65_HS1-834228961_62-HQ-83894_Section_6
Agency: FBI
Page 171
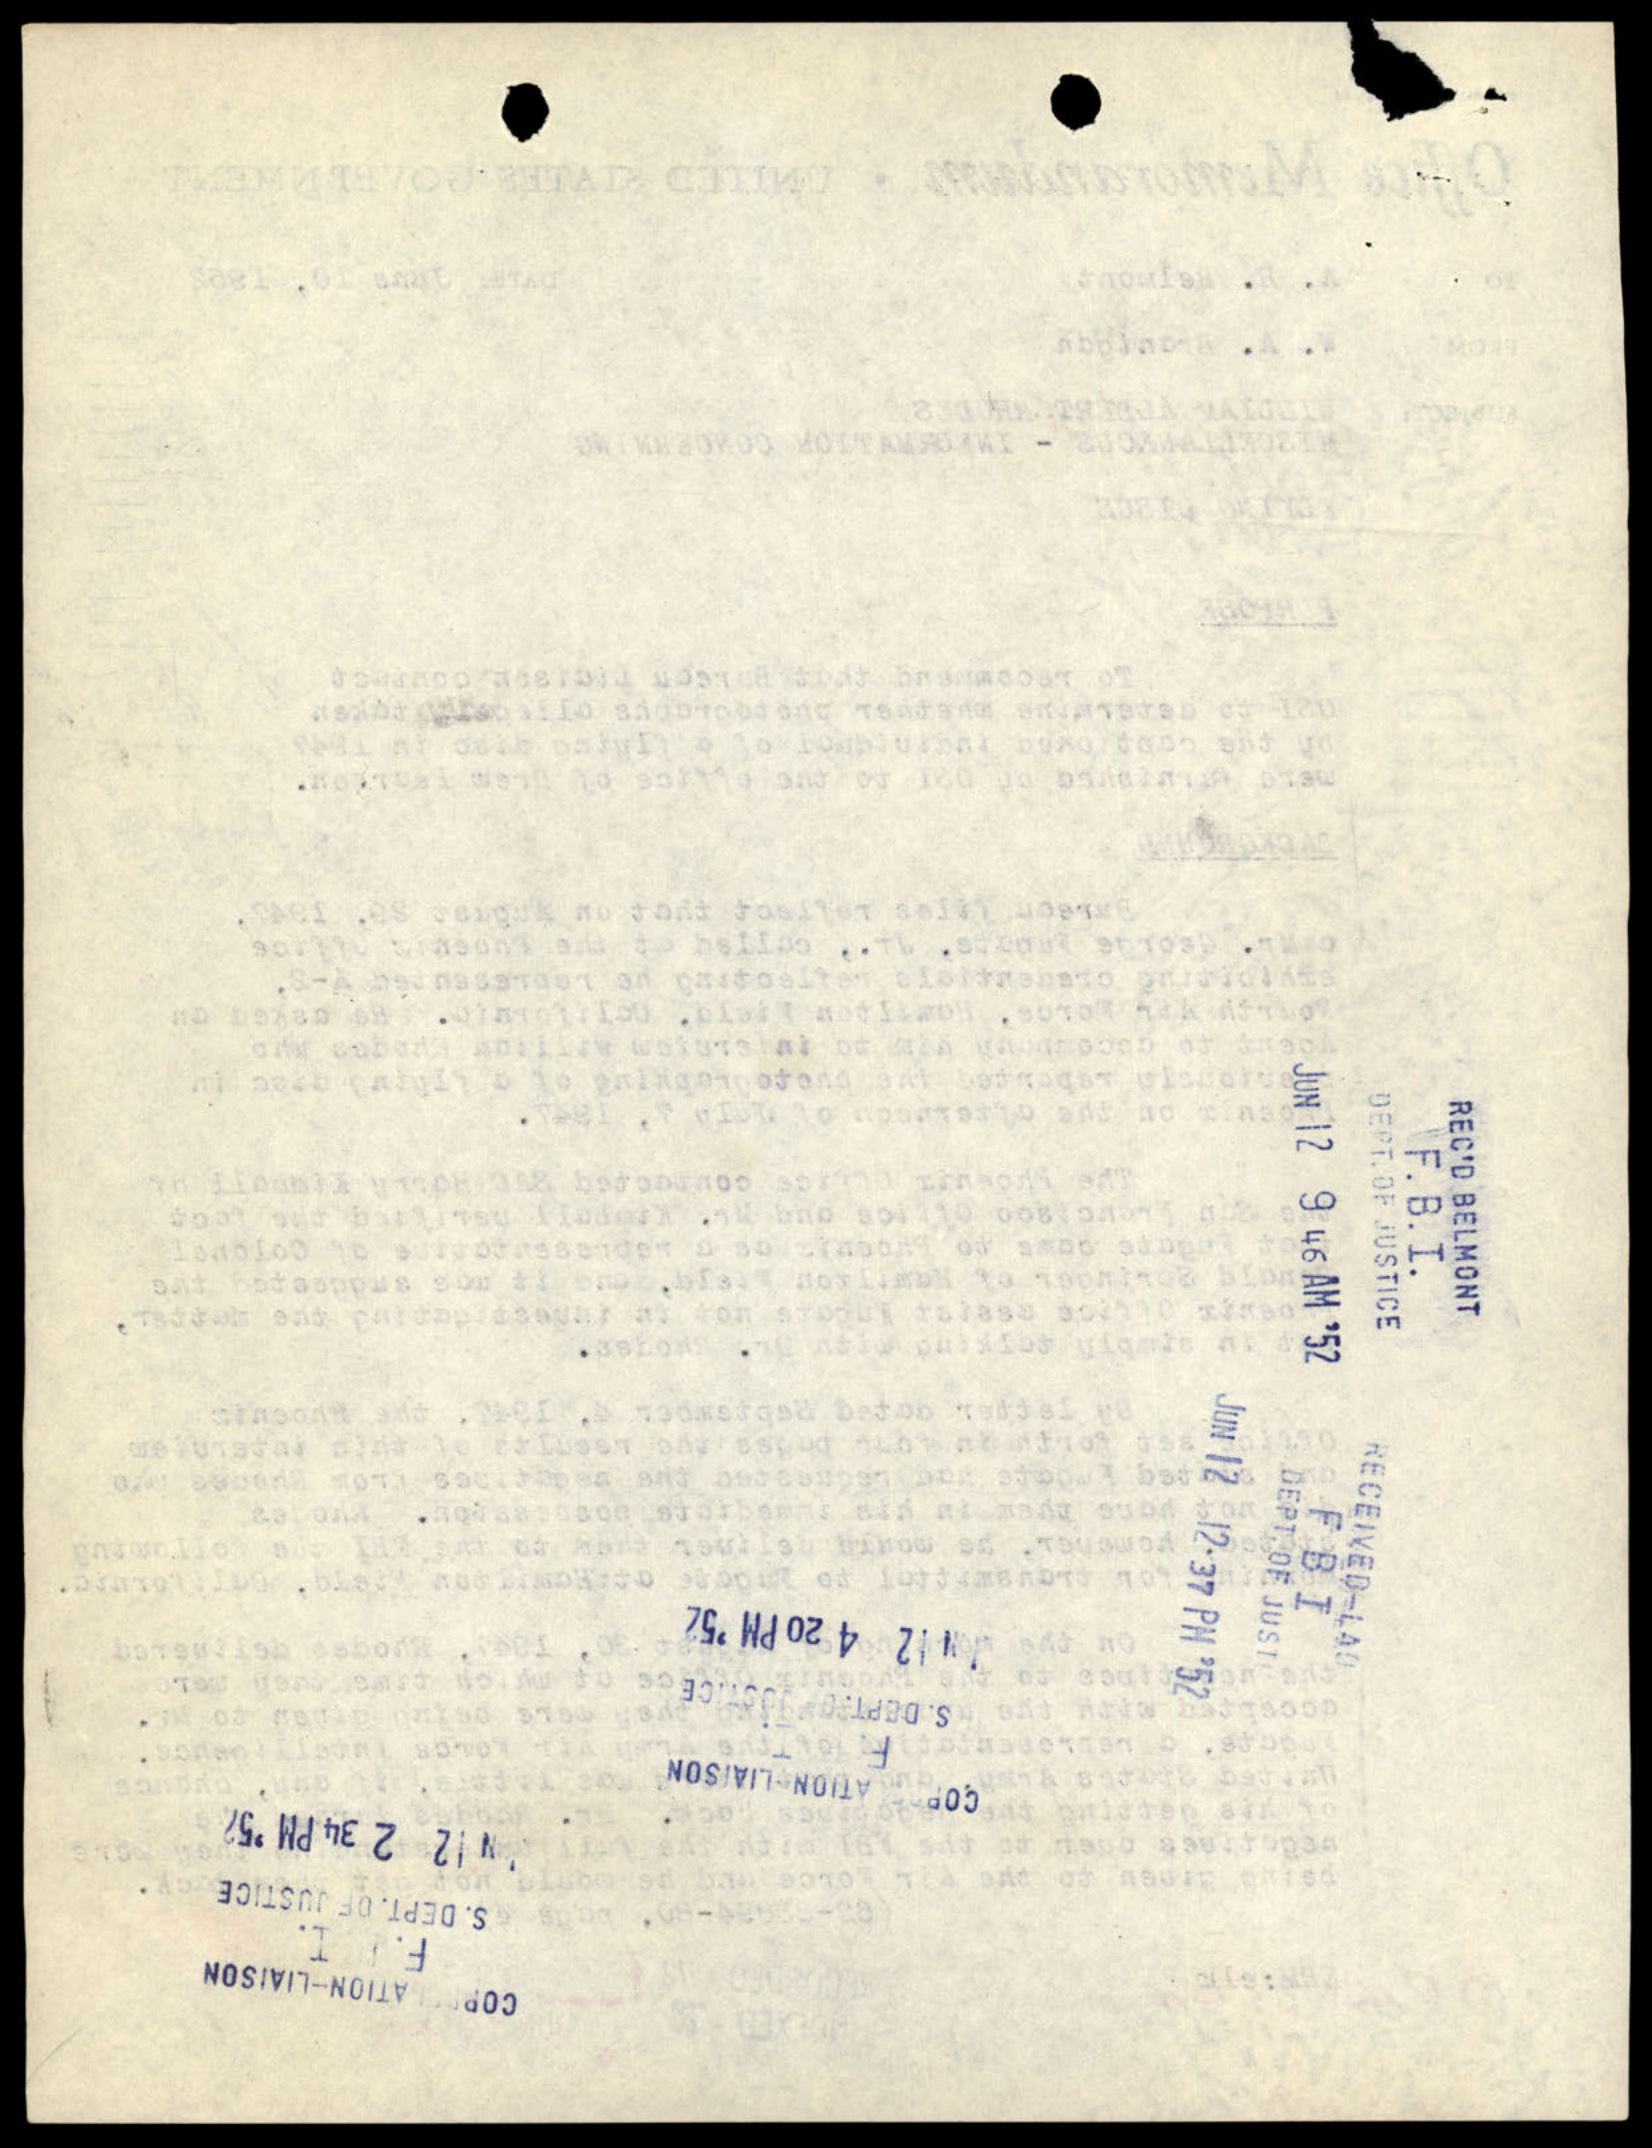